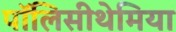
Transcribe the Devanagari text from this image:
पॉलिसीथेमिया